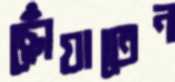
ছোঁয়াতেন